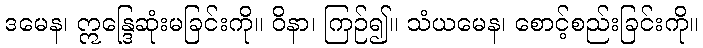
ဒမေန၊ ဣန္ဒြေဆုံးမခြင်းကို။ ဝိနာ၊ ကြဉ်၍။ သံယမေန၊ စောင့်စည်းခြင်းကို။